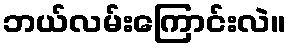
ဘယ်လမ်းကြောင်းလဲ။